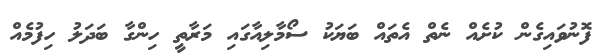
ފޮނުވައިގެން ކުށެއް ނެތް އެތައް ބަޔަކު ސޯމާލިއާގައި މަރާތީ ހިންގާ ބަދަލު ހިފުމެއް